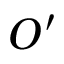
O ^ { \prime }